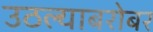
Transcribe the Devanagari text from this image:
उठल्याबरोबर